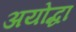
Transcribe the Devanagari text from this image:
अयोद्धा